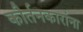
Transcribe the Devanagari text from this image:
कीर्तनकारांना